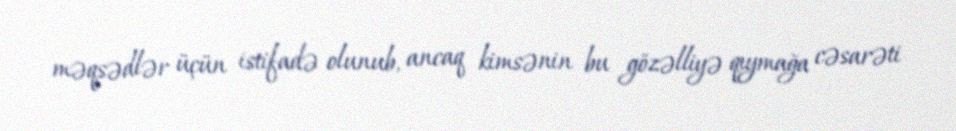
məqsədlər üçün istifadə olunub, ancaq kimsənin bu gözəlliyə qıymağa cəsarəti